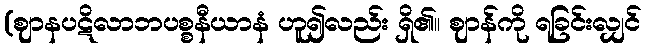
(ဈာနပဋိလာဘပစ္စနီယာနံ ဟူ၍လည်း ရှိ၏။ ဈာန်ကို ရခြင်းလျှင်